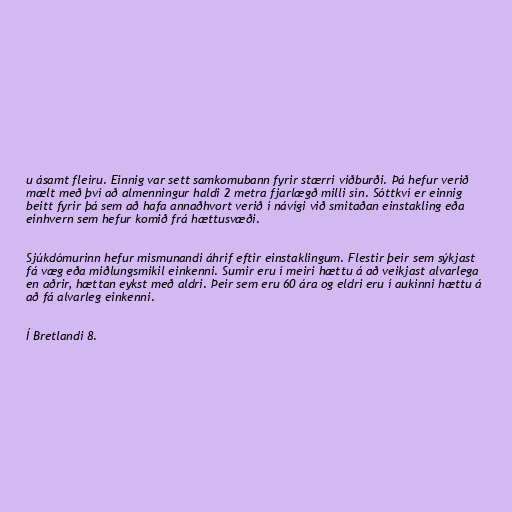
u ásamt fleiru. Einnig var sett samkomubann fyrir stærri viðburði. Þá hefur verið
mælt með því að almenningur haldi 2 metra fjarlægð milli sín. Sóttkví er einnig
beitt fyrir þá sem að hafa annaðhvort verið í návígi við smitaðan einstakling eða
einhvern sem hefur komið frá hættusvæði.

Sjúkdómurinn hefur mismunandi áhrif eftir einstaklingum. Flestir þeir sem sýkjast
fá væg eða miðlungsmikil einkenni. Sumir eru í meiri hættu á að veikjast alvarlega
en aðrir, hættan eykst með aldri. Þeir sem eru 60 ára og eldri eru í aukinni hættu á
að fá alvarleg einkenni.

Í Bretlandi 8.